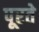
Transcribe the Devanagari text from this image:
पूरते